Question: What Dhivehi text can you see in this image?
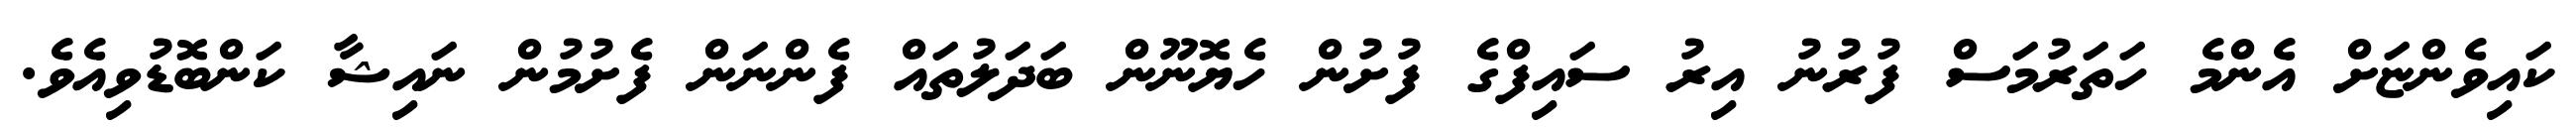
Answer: ކައިވެންޏަށް އެންމެ ހަތަރުމަސް ފުރުނު އިރު ސައިފްގެ ފުށުން ހެޔޮނޫން ބަދަލުތައް ފެންނަން ފެށުމުން ނައިޝާ ކަންބޮޑުވިއެވެ.